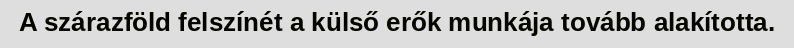
A szárazföld felszínét a külső erők munkája tovább alakította.